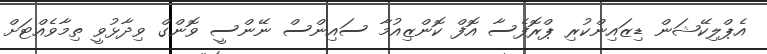
އެޕްލިކޭޝަން ޑިޒައިންކުރި ޕްރޮފެސާ އޮފް ކޮންޒިއުމާ ސައިންސް ނޭންސީ ވޮންގް ވިދާޅުވީ ތިމާވެއްޓަށް